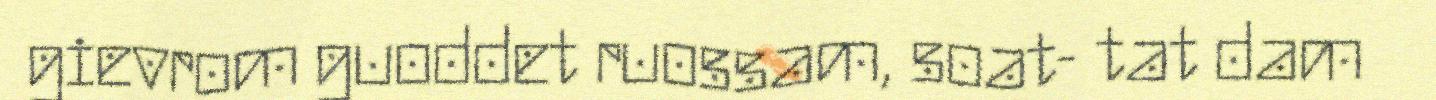
gievrom guoddet ruossam, soat- tat dam